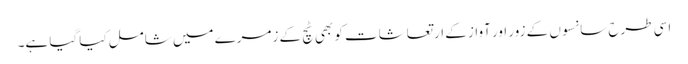
اسی طرح سانسوں کے زور اور آواز کے ارتعاشات کو بھی ٹچ کے زمرے میں شامل کیا گیا ہے۔